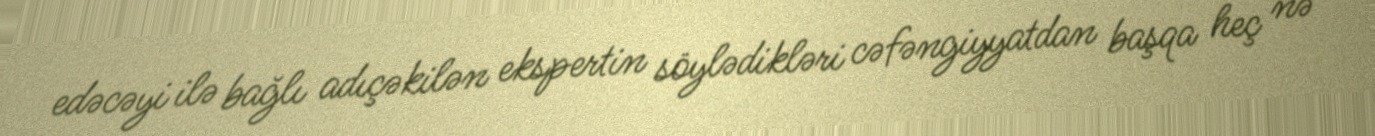
edəcəyi ilə bağlı adıçəkilən ekspertin söylədikləri cəfəngiyyatdan başqa heç nə